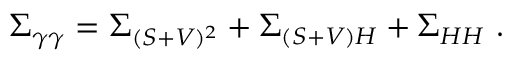
\Sigma _ { \gamma \gamma } = \Sigma _ { ( S + V ) ^ { 2 } } + \Sigma _ { ( S + V ) H } + \Sigma _ { H H } \ .